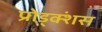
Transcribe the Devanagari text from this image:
प्रोड्क्शंस